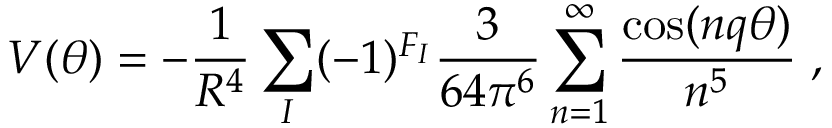
V ( \theta ) = - \frac { 1 } { R ^ { 4 } } \sum _ { I } ( - 1 ) ^ { F _ { I } } \frac { 3 } { 6 4 \pi ^ { 6 } } \sum _ { n = 1 } ^ { \infty } \frac { \cos ( n q \theta ) } { n ^ { 5 } } \; ,